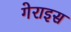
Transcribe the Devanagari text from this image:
गेराइस